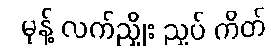
မုန့် လက်ညှိုး ညှပ် ကိတ်